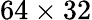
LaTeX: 64\times 32